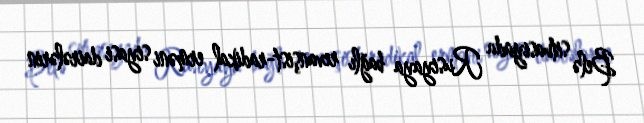
Belə situasiyada Rusiyaya bağlı revanşist-radikal erməni siyasi dairələrin